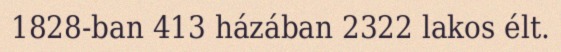
1828-ban 413 házában 2322 lakos élt.